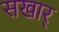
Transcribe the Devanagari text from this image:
सखार्